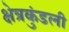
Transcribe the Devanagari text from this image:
क्षेत्रकुंडली